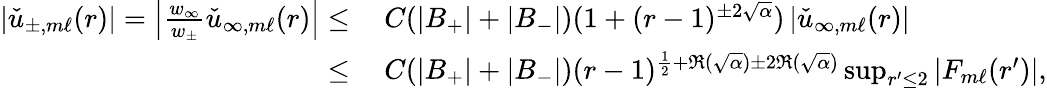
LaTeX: \begin{array}{rl}{|\check{u}_{\pm,m\ell}(r)|=\left|\frac{w_{\infty}}{w_{\pm}}\check{u}_{\infty,m\ell}(r)\right|\leq}&{\: C(|B_{+}|+|B_{-}|)(1+(r-1)^{\pm 2\sqrt{\alpha}})\left|\check{u}_{\infty,m\ell}(r)\right|}\\ {\leq}&{\: C(|B_{+}|+|B_{-}|)(r-1)^{\frac{1}{2}+\Re(\sqrt{\alpha})\pm 2\Re(\sqrt{\alpha})}\operatorname*{sup}_{r^{\prime}\leq 2}|F_{m\ell}(r^{\prime})|,}\end{array}